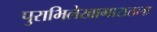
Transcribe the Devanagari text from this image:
पुराभिलेखागारातला